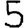
Digit: 5